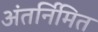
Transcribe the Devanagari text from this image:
अंतर्निमित